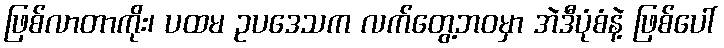
ဖြစ်လာတာကိုး၊ ပထမ ဥပဒေသက လက်တွေ့ဘဝမှာ အဲဒီပုံစံနဲ့ ဖြစ်ပေါ်